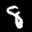
Label: 8